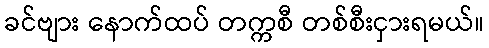
ခင်ဗျား နောက်ထပ် တက္ကစီ တစ်စီးငှားရမယ်။